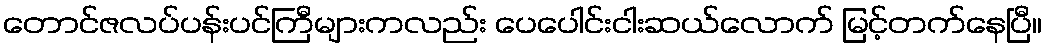
တောင်ဇလပ်ပန်းပင်ကြီများကလည်း ပေပေါင်းငါးဆယ်လောက် မြင့်တက်နေပြီ။